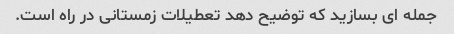
جمله ای بسازید که توضیح دهد تعطیلات زمستانی در راه است.